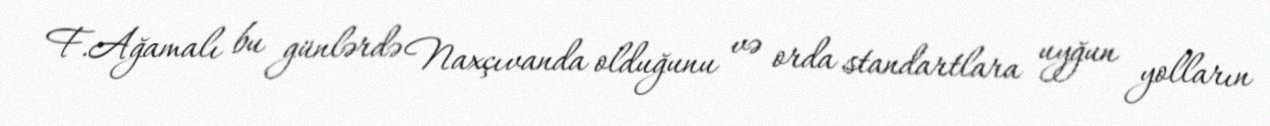
F.Ağamalı bu günlərdə Naxçıvanda olduğunu və orda standartlara uyğun yolların